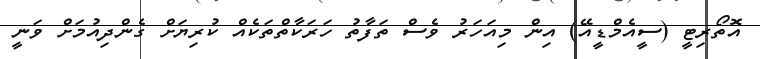
އޮތޯރިޓީ (ސީއެމްޑީއޭ) އިން މިއަހަރު ވެސް ތަފާތު ހަރަކާތްތަކެއް ކުރިޔަށް ގެންދިއުމަށް ވަނީ